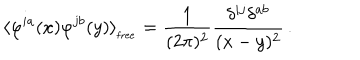
LaTeX: \langle \varphi ^ { i a } ( x ) \varphi ^ { j b } ( y ) \rangle _ { _ { \mathrm { f r e e } } } = \frac { 1 } { ( 2 \pi ) ^ { 2 } } \frac { \delta ^ { i j } \delta ^ { a b } } { ( x - y ) ^ { 2 } } \, .